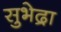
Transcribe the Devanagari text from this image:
सुभेद्रा